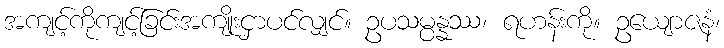
အကျင့်ကိုကျင့်ခြင်းအကျိုးငှာပင်လျှင်။ ဥပသမ္ပန္နဿ၊ ရဟန်းကို။ ဥယျောဇနံ၊